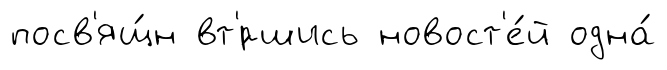
посв'ящ́н вт'́ршись новост'е́й одна́